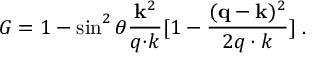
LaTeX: { \cal G } = 1 - \sin ^ { 2 } \theta \frac { { \bf k } ^ { 2 } } { q { \bf \cdot } k } [ 1 - { \frac { ( { \bf q } - { \bf k } ) ^ { 2 } } { 2 q \cdot k } } ] \; .